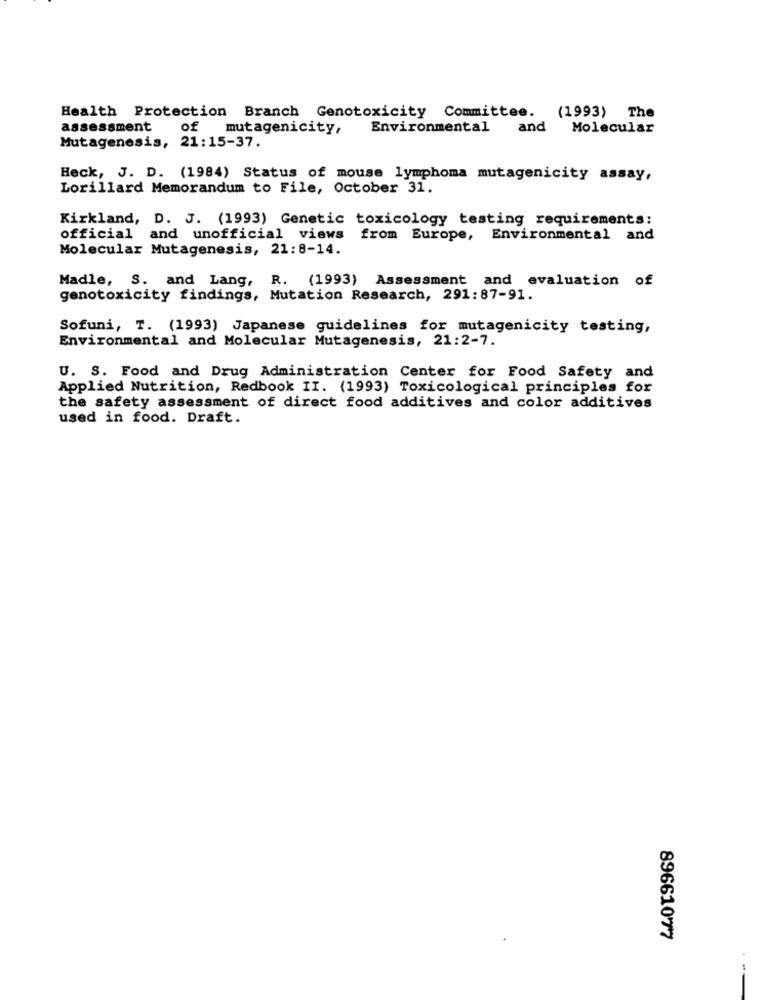
Health Protection Branch Genotoxicity Committee. (1993) The
assessment
of mutagenicity,
Environmental and Molecular
Mutagenesis, 21:15-37.
Heck, J. D. (1984) Status of mouse lymphoma mutagenicity assay,
Lorillard Memorandum to File, October 31.
Kirkland, D. J. (1993) Genetic toxicology testing requirements:
official and unofficial views from Europe, Environmental and
Molecular Mutagenesis, 21:8-14.
Madle, S. and Lang, R. (1993) Assessment and evaluation of
genotoxicity findings, Mutation Research, 291:87-91.
Sofuni, T. (1993) Japanese guidelines for mutagenicity testing,
Environmental and Molecular Mutagenesis, 21:2-7.
U. S. Food and Drug Administration Center for Food Safety and
Applied Nutrition, Redbook II. (1993) Toxicological principles for
the safety assessment of direct food additives and color additives
used in food. Draft.
89661077